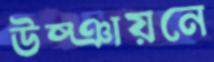
উষ্ঞায়নে